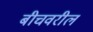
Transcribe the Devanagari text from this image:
बीचवरील